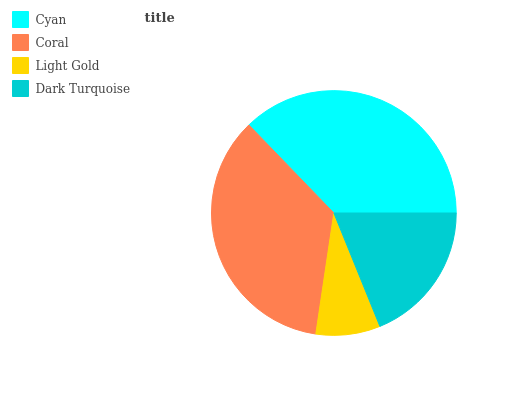
| Cyan | Coral | Light Gold | Dark Turquoise |
 | --- | --- | --- | --- |
 | 37.2% | 35.4% | 8.47% | 18.9% |